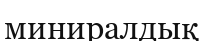
миниралдық